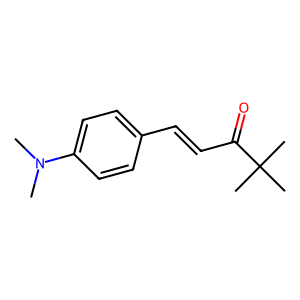
SMILES: CN(C)c1ccc(C=CC(=O)C(C)(C)C)cc1
Inhibits HIV replication: No